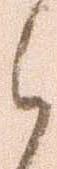
と